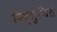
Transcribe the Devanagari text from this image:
विष्णुजित